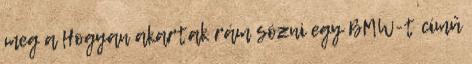
meg a Hogyan akartak rám sózni egy BMW-t című